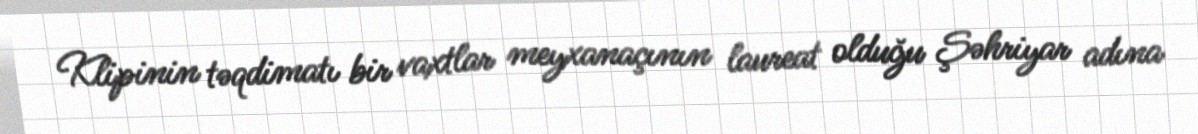
Klipinin təqdimatı bir vaxtlar meyxanaçının laureat olduğu Şəhriyar adına